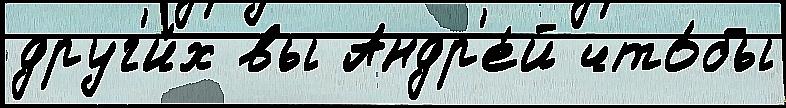
друг'и́х вы Андр'е́й что́бы